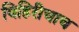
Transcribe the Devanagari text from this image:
विहिरीचाच